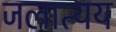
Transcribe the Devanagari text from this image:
जलात्यय